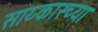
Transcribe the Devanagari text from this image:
साय्कास्च्या